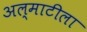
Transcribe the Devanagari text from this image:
अल्माटीला